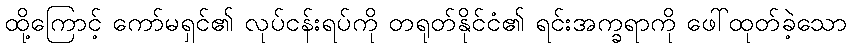
ထို့ကြောင့် ကော်မရှင်၏ လုပ်ငန်းရပ်ကို တရုတ်နိုင်ငံ၏ ရင်းအက္ခရာကို ဖေါ်ထုတ်ခဲ့သော